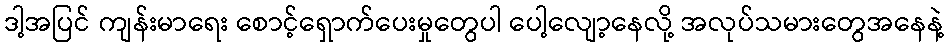
ဒါ့အပြင် ကျန်းမာရေး စောင့်ရှောက်ပေးမှုတွေပါ ပေါ့လျော့နေလို့ အလုပ်သမားတွေအနေနဲ့